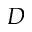
D